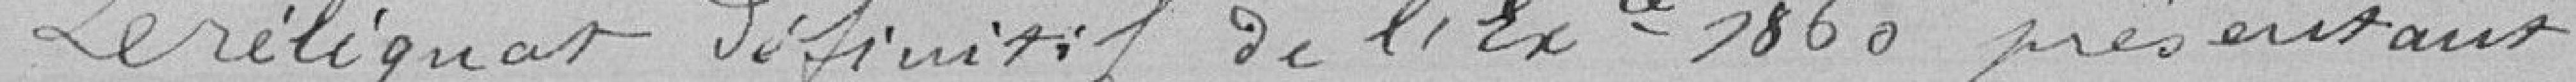
Reliquat définitif de l'Exercice 1860 présentant